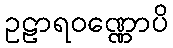
ဥဠာရဝဏ္ဏောပိ